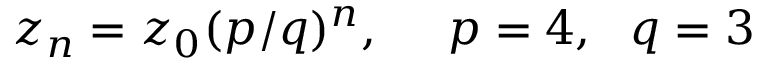
z _ { n } = z _ { 0 } ( p / q ) ^ { n } , \ \ \ \ p = 4 , \ \ q = 3